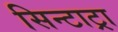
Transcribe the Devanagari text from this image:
सिन्टाट्रा